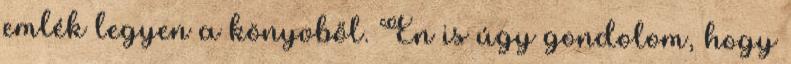
emlék legyen a könyvből. Én is úgy gondolom, hogy